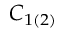
C _ { 1 ( 2 ) }